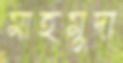
মাহমুদা